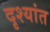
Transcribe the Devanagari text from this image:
दृश्यांत